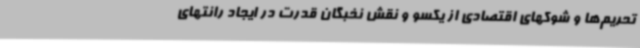
تحریم‌ها و شوکهای اقتصادی از یکسو و نقش نخبگان قدرت در ایجاد رانتهای